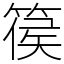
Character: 篌